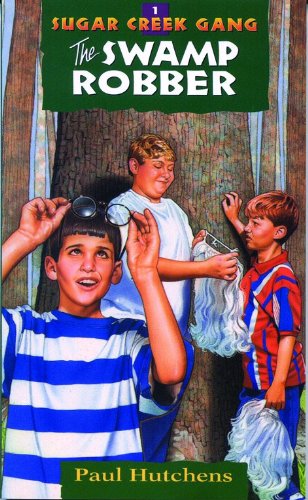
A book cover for The Swamp Robber (Sugar Creek Gang, Book 1); Paul Hutchens; Religion & Spirituality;